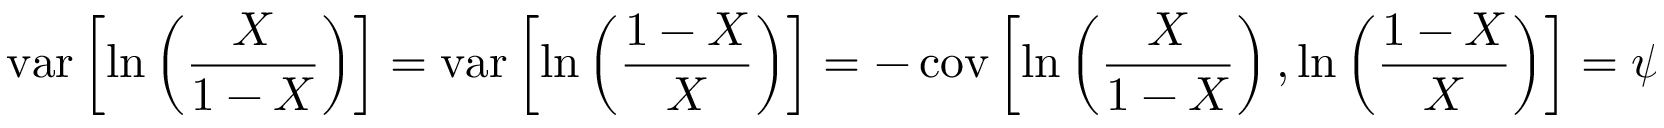
\operatorname { v a r } \left[ \ln \left( { \frac { X } { 1 - X } } \right) \right] = \operatorname { v a r } \left[ \ln \left( { \frac { 1 - X } { X } } \right) \right] = - \operatorname { c o v } \left[ \ln \left( { \frac { X } { 1 - X } } \right) , \ln \left( { \frac { 1 - X } { X } } \right) \right] = \psi _ { 1 } ( \alpha ) + \psi _ { 1 } ( \beta )